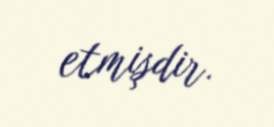
etmişdir.